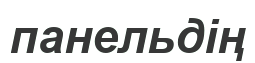
панельдің